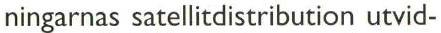
ningarnas satellitdistribution utvid-